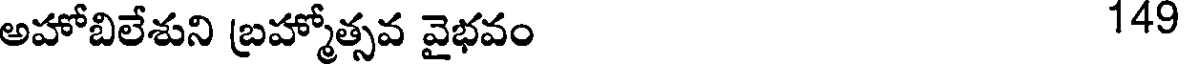
అహోబిలేశుని బ్రహ్మోత్సవ వైభవం 14